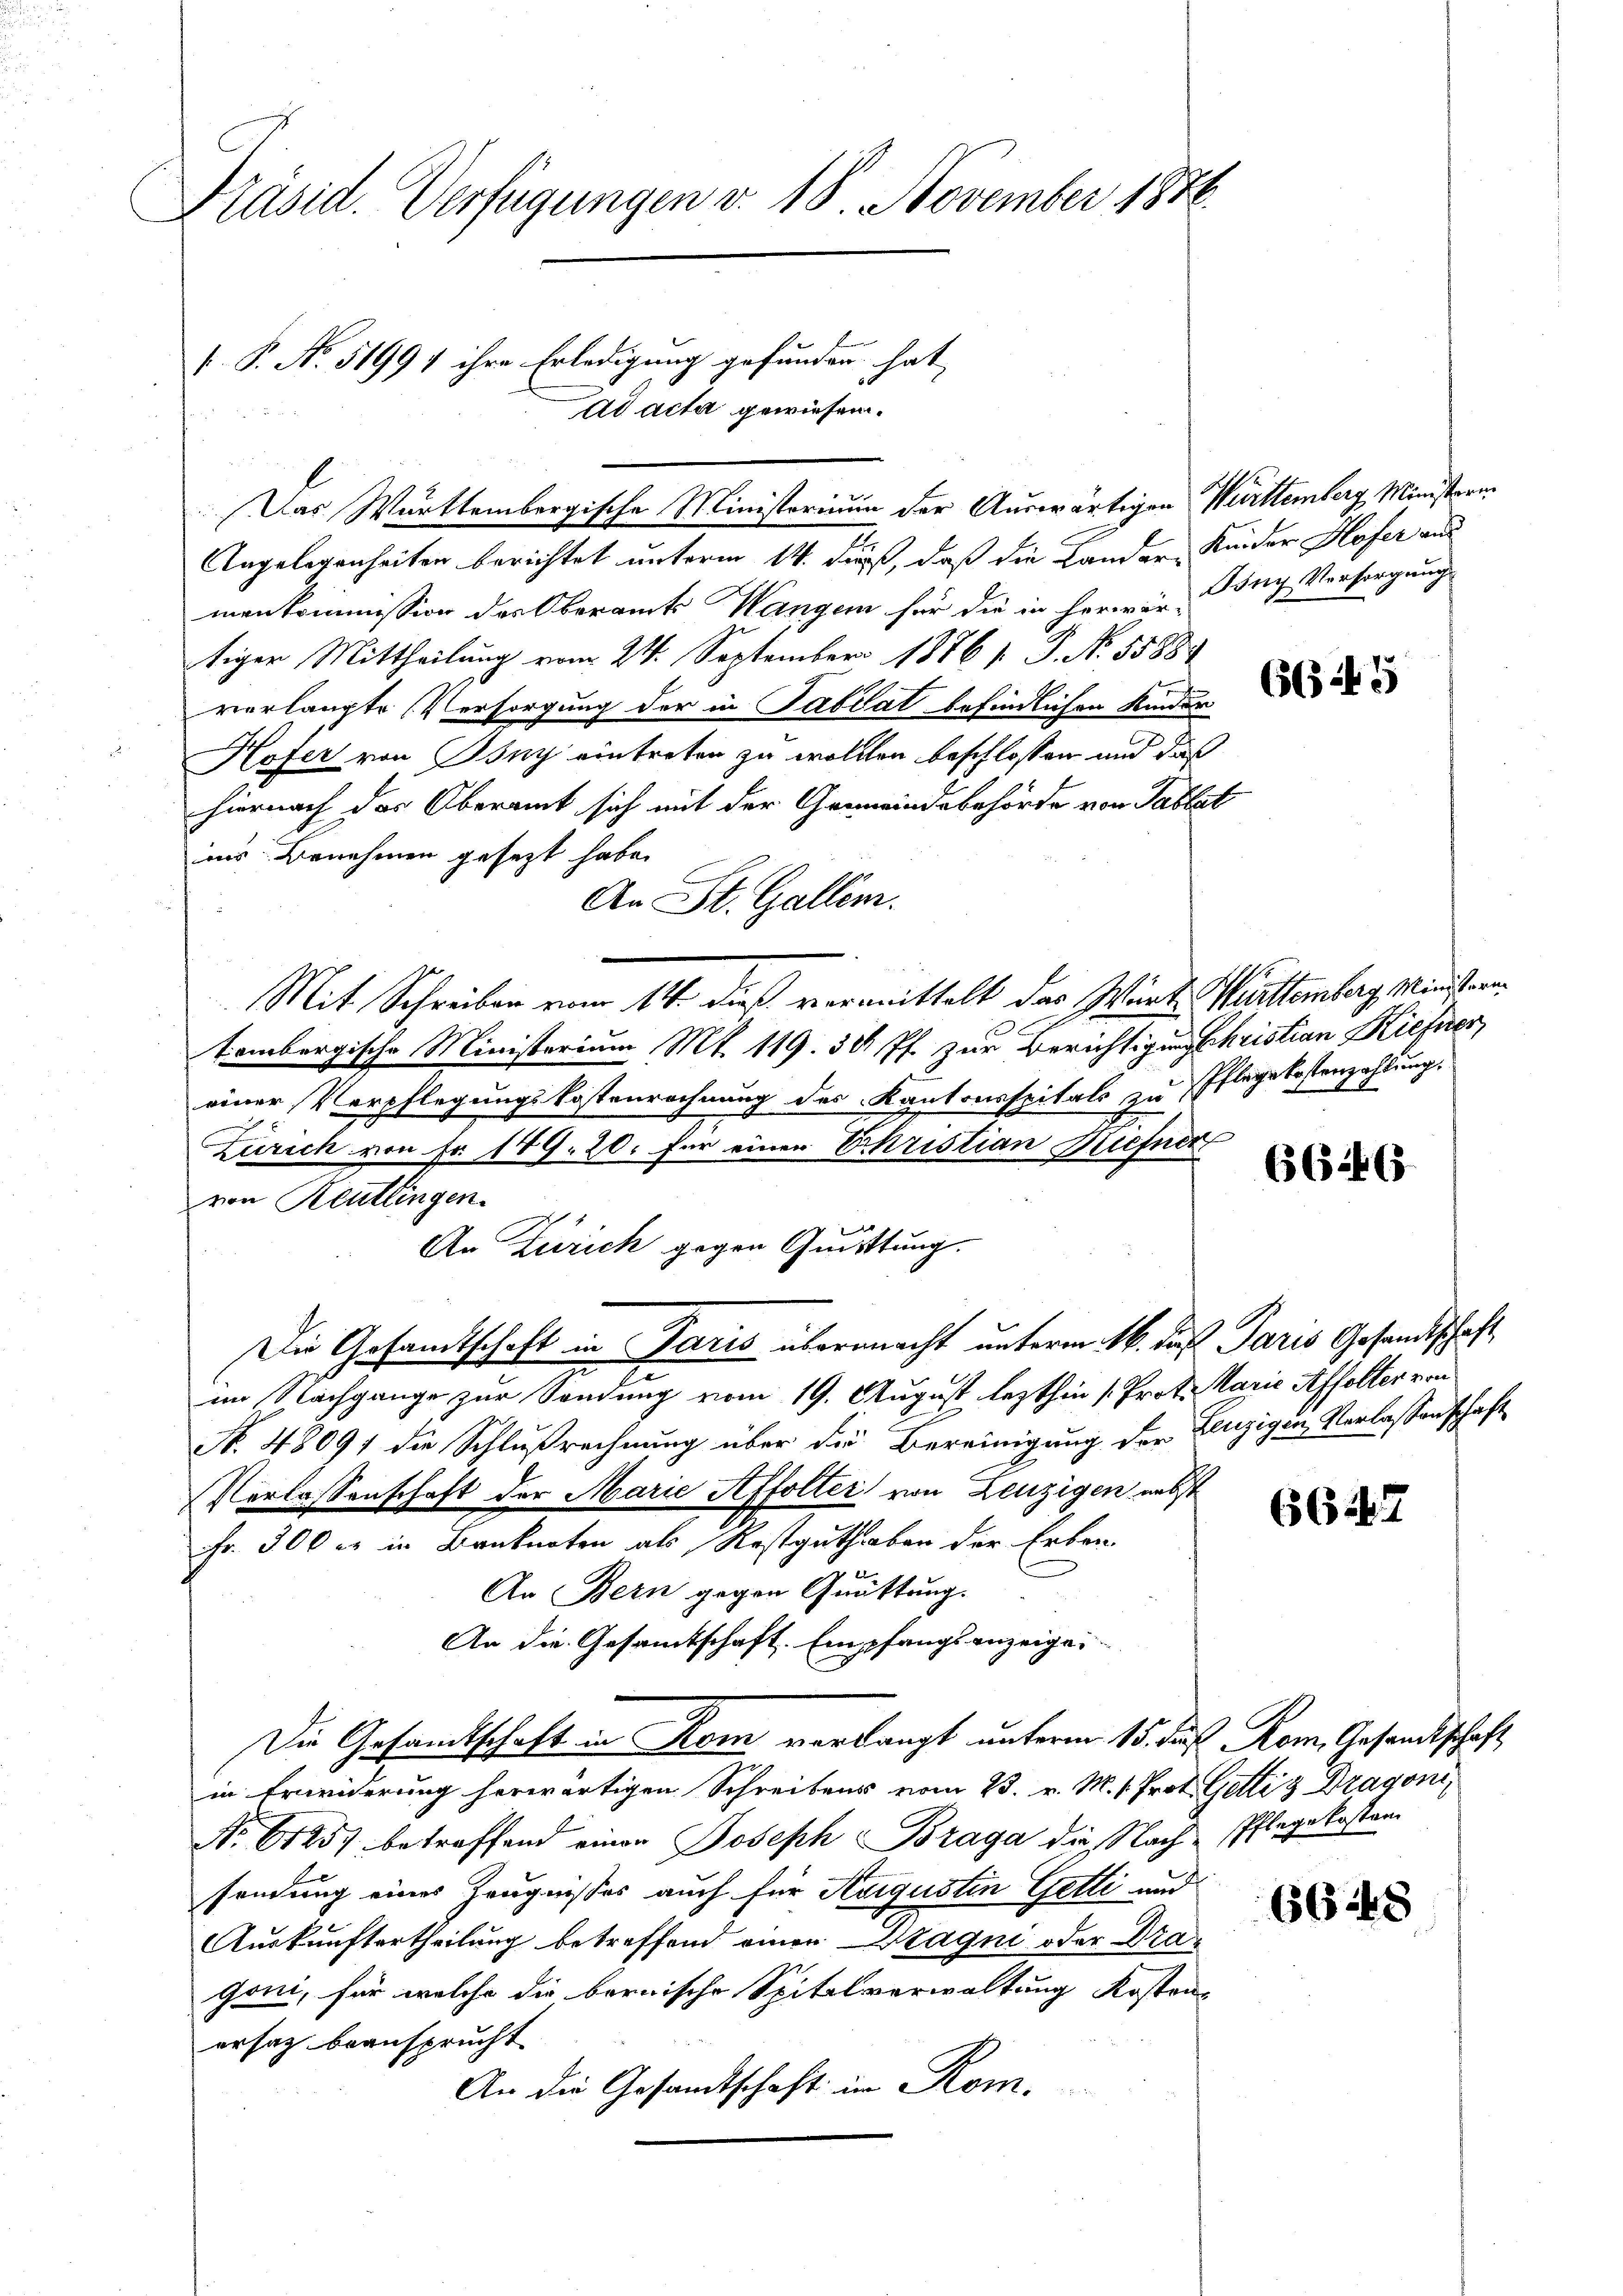
Präsid. Verfügungen v. 18. November 1876.

ad acta gewiesen.
Das Württembergische Ministeriuum der Auswärtigen Württemberg Ministern¬
Angelegenheiten berichtet unterm 14. du, daß die Lander Kinder Hofer aus
menkommission des Oberamts Wangen für die in herer in Bey Versorgung
tiger Mittheilung vom 24. September 18761. P. No. 55889
verlangte (Versorgung der in Pabiat befindlichen Kinder
Hofer von Bony eintreten zu wollten beschlossen und daß
hiernach der Oberamt sich mit der Gemeindebehörde von Tablat
iis Benehmen gesezt habe.
An St. Gallem.
Mit Schreiben vom 14. dieß vermittelt das Winte Mattemberg Ministrantombergische Ministerium Mt. 119. 30 Pf. zur Berichtigungsschristian Kieferer
einer Verpflegungskostenrechnung des Kantonsspitals zu Pflegekostenzahlung.
Zürich von Fr. 149. 20. für einer Schristian Stiefner
von Reutlingen.
1
An Zürich gegen Quittung.
Die Gesamtschaft in Paris übermacht unterm 16. daß Paris Gesandtschaft
im Nachgange zur Sendung vom 19. August lezthin (Prot. Marie Affolter von
Nr. 48091 die Schlußrechnung über die Bereinigung der Leuzigen, Verlassenschaft
Verlassenschaft der Marie Affolter von Leuzigen nebst
Fr. 300 er in Bruknoten als Kostguthaben der Erben.
An Bern gegen Quittung.
An die Gesamtschaft. Empfangsanzeige
Die Gesamtschaft in Rom verlangt unterm 15. des Rom. Gesandtschaft
in Erwiderung herwärtigen Schreibens vom 23. v. M. h. Prot. Gattiz Dragoni
E
No 61257 betreffend einen Joseph Braga die Nach Pflegekosten
sendung eines Zeugnisses auch für Augusten Getti und
Auskunftertheilung betreffend einen Magni oder Dragoni, für welche die bernische Spitalverwaltung Kosten,
ersatz beansprucht
An die Gesamtschaft in Rom.

s P. No. 51991 ihre Erledigung gefunden hat,

66445

6646

656

.

66248